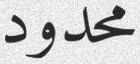
محدود